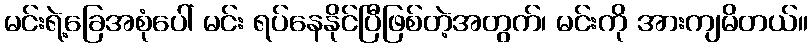
မင်းရဲ့ခြေအစုံပေါ် မင်း ရပ်နေနိုင်ပြီဖြစ်တဲ့အတွက်၊ မင်းကို အားကျမိတယ်။